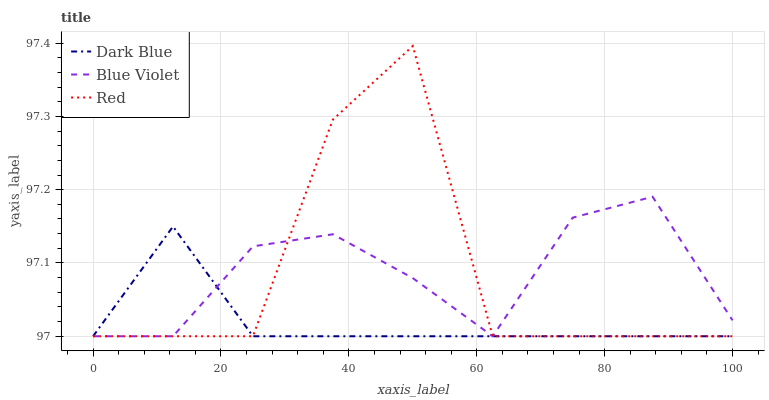
| xaxis_label | Dark Blue | Blue Violet | Red |
 | --- | --- | --- | --- |
 | 0 | 97 | 97 | 97 |
 | 12.5 | 97.1 | 97 | 97 |
 | 25 | 97 | 97.1 | 97 |
 | 37.5 | 97 | 97.1 | 97.3 |
 | 50 | 97 | 97.1 | 97.4 |
 | 62.5 | 97 | 97 | 97 |
 | 75 | 97 | 97.2 | 97 |
 | 87.5 | 97 | 97.2 | 97 |
 | 100 | 97 | 97 | 97 |